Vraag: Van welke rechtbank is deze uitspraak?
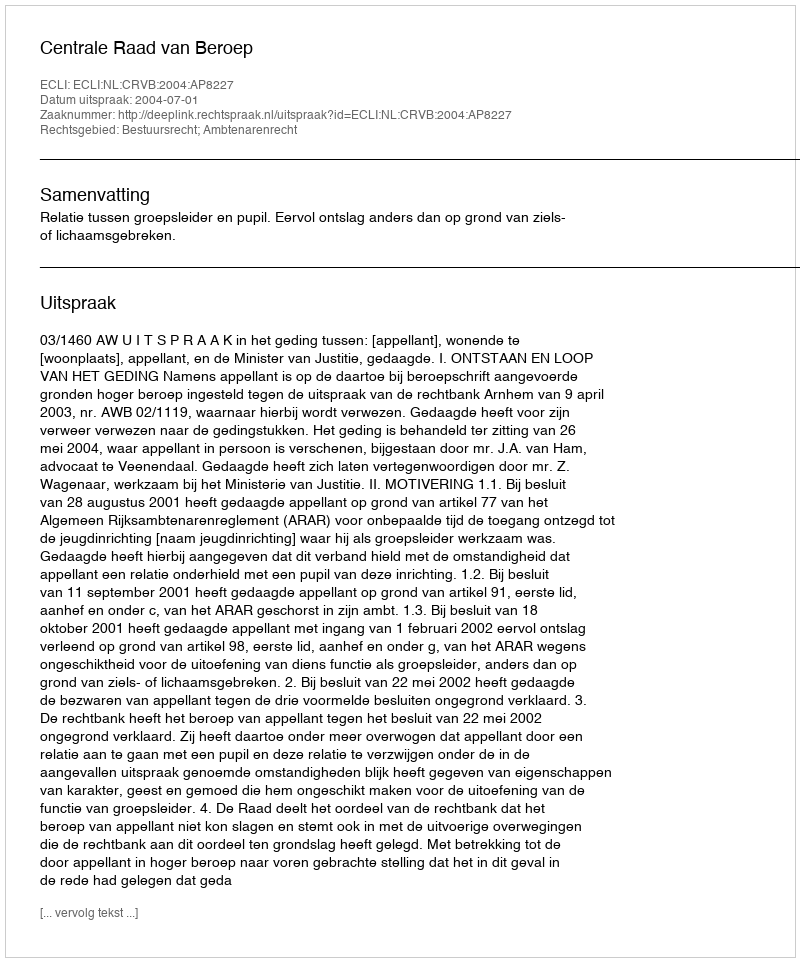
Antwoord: Centrale Raad van Beroep